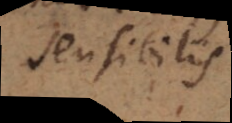
sensibilis